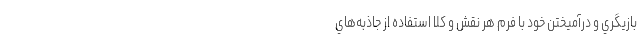
بازيگري و درآميختن خود با فرم هر نقش و کلاً استفاده از جاذبه‌هاي